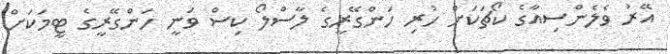
އޭރު ވެލެންސިއާގެ ކޯޗަކަށް ހުރި ހަންގޭރީގެ ލާސްލޯ ކިސް ވަނީ ހަންގޭރީގެ ޓީމަކަށް